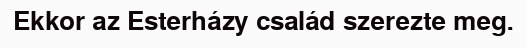
Ekkor az Esterházy család szerezte meg.